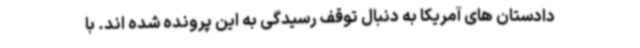
دادستان های آمریکا به دنبال توقف رسیدگی به این پرونده شده اند. با